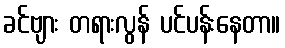
ခင်ဗျား တရားလွန် ပင်ပန်းနေတာ။